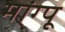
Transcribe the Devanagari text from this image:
मांग्पू